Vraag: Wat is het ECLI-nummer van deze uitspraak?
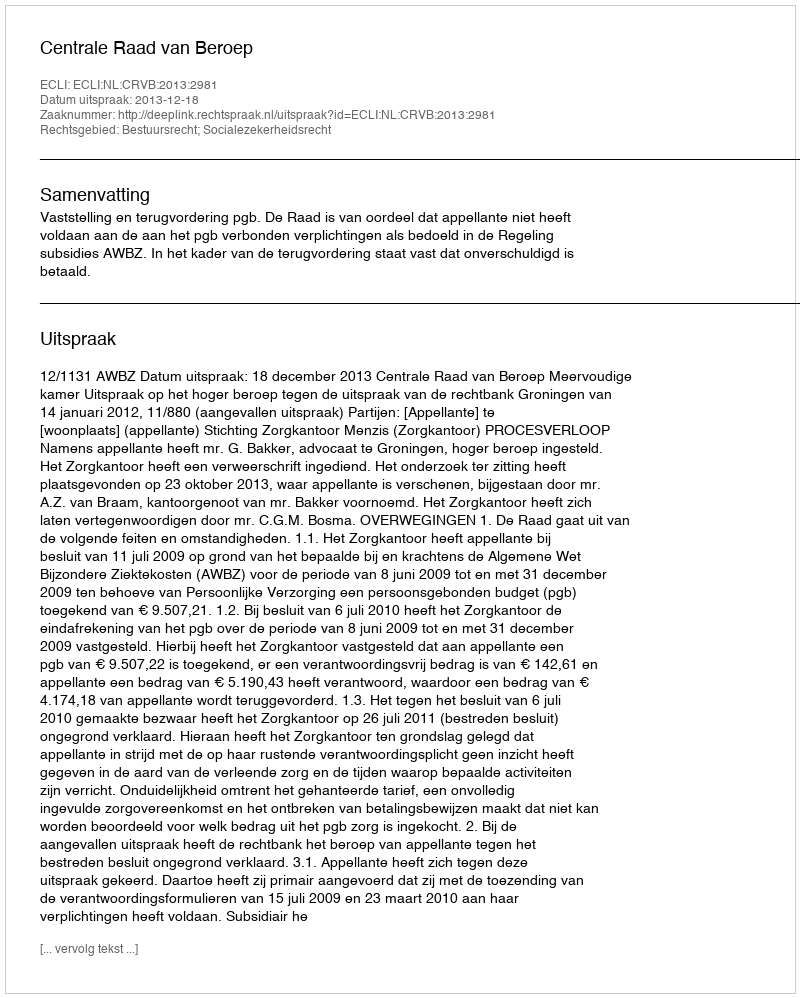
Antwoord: ECLI:NL:CRVB:2013:2981